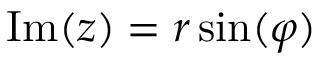
\operatorname { I m } ( z ) = r \sin ( \varphi )